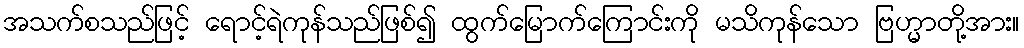
အသက်စသည်ဖြင့် ရောင့်ရဲကုန်သည်ဖြစ်၍ ထွက်မြောက်ကြောင်းကို မသိကုန်သော ဗြဟ္မာတို့အား။